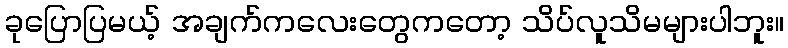
ခုပြောပြမယ့် အချက်ကလေးတွေကတော့ သိပ်လူသိမများပါဘူး။